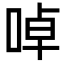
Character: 啅